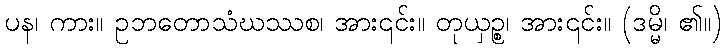
ပန၊ ကား။ ဥဘတောသံဃဿစ၊ အား၎င်း။ တုယှဉ္စ၊ အား၎င်း။ (ဒမ္မိ၊ ၏။)